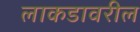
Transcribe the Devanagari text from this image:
लाकडावरील